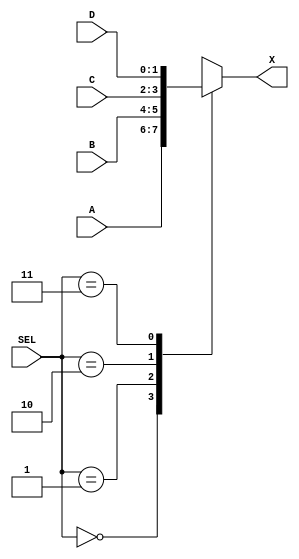
`timescale 1ns / 1ps
//////////////////////////////////////////////////////////////////////////////////
// Company: 
// Engineer: 
// 
// Design Name: 
// Module Name: multiplexer
// Project Name: 
// Target Devices: 
// Tool Versions: 
// Description: 
// 
// Dependencies: 
// 
// Revision:
// Revision 0.01 - File Created
// Additional Comments:
// 
//////////////////////////////////////////////////////////////////////////////////


//!DO NOT EDIT MODULE NAME AND PORT NAME!
module multiplexer(
    input [1:0]A,
    input [1:0]B,
    input [1:0]C,
    input [1:0]D,
    input [1:0]SEL,
    output [1:0]X
);

//YOUR CODE HERE
//TIPS: IN THE VERILOG CASE STATEMENT, YOU HAVE TO LIST ALL CONDITION TO AVIOD ANY AMBIGUOUS STATEMENT;

reg [1:0] new_X;
assign X = new_X;

always @(A, B, C, D, SEL) 
begin
    
    case (SEL)

        2'b00: new_X = A;
        2'b01: new_X = B;
        2'b10: new_X = C;
        2'b11: new_X = D;
        default: new_X = 2'b00;

    endcase

end

endmodule